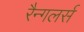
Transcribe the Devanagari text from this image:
रैन्गलर्स